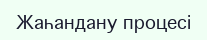
Жаһандану процесі